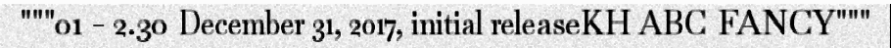
"""01 - 2.30 December 31, 2017, initial releaseKH ABC FANCY"""